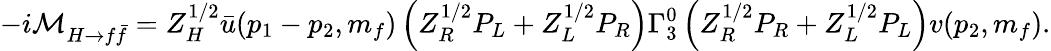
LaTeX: -i{\cal M}_{H\rightarrow f\bar{f}}=Z_{H}^{1/2}\bar{u}(p_{1}-p_{2},m_{f})\left(Z_{R}^{1/2}P_{L}+Z_{L}^{1/2}P_{R}\right)\Gamma_{3}^{0}\left(Z_{R}^{1/2}P_{R}+Z_{L}^{1/2}P_{L}\right)v(p_{2},m_{f}).